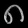
Digit: ၈